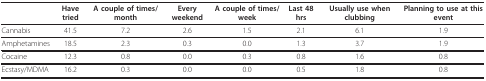
|  | Have tried | A couple of times/month | Every weekend | A couple of times/week | Last 48 hrs | Usually use when clubbing | Planning to use at this event |
 | --- | --- | --- | --- | --- | --- | --- | --- |
 | Cannabis | 41.5 | 7.2 | 2.6 | 1.5 | 2.1 | 6.1 | 1.9 |
 | Amphetamines | 18.5 | 2.3 | 0.3 | 0.0 | 1.3 | 3.7 | 1.9 |
 | Cocaine | 12.3 | 0.8 | 0.0 | 0.3 | 0.8 | 1.6 | 0.8 |
 | Ecstasy/MDMA | 16.2 | 0.3 | 0.0 | 0.0 | 0.5 | 1.8 | 0.8 |